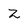
Character: Z